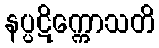
နပ္ပဋိက္ကောသတိ